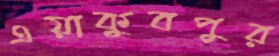
এয়াকুবপুর